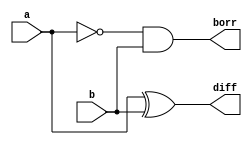
// Dataflow modeling
module half_sub (a,b,diff,borr);
	input a,b;
	output diff, borr; 
	
	assign diff = a^b;
	assign borr = (~a)&b;

endmodule

/*
// Behavioral modeling

module half_sub (a,b,diff,borr);
	input a,b;
	output reg diff, borr; 
	
	always@(a,b)
		begin
		diff = a^b;
		borr = (~a)&b;
		end
endmodule
	

// Structural / Gate-level modeling

module half_sub (a,b,diff,borr);
	input a,b;
	output diff, borr; 
	wire inv_a;
	
	xor xor_ab (diff,a,b);	
	
	not not_a (inv_a,a);
	
	and and_nab (borr,inv_a,b);
	
endmodule
	
*/